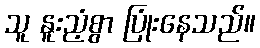
သူ နူးညံ့စွာ ပြုံးနေသည်။